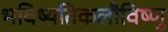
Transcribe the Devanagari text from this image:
भविष्यतिकलौविष्णु